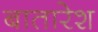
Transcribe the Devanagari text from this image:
बातारेश